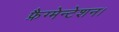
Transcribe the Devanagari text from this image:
फ्रैग्मेन्टेशन।